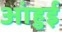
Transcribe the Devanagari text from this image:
आंहुई